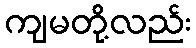
ကျမတို့လည်း